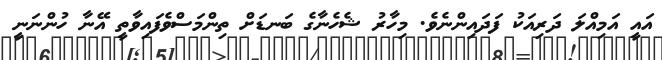
އައީ އަމިއްލަ ދަރިއަކު ފަދައިންނެވެ. މިހާރު ޝެހެނާގެ ބަނޑަށް ތިންމަސްވެފައިވާތީ އޭނާ ހުންނަނީ